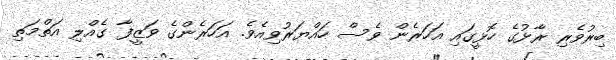
ބިރުވެރި ރާޅުގެ ހޮޅީގައި އަހަރެން ވެސް ހައްޔަރުވިއެވެ. އަހަރެންގެ ވަަޒީފާ ގެއްލި އަތްމަތި